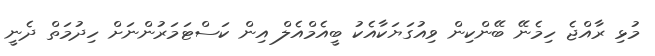
މުޅި ރާއްޖެ ހިމެނޭ ބޭންކިން ވިއުގަޔަކާއެކު ބީއެމްއެލް އިން ކަސްޓަމަރުންނަށް ހިދުމަތް ދެނީ